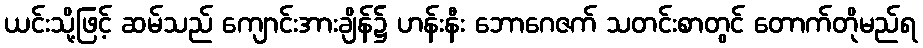
ယင်းသို့ဖြင့် ဆမ်သည် ကျောင်းအားချိန်၌ ဟန်းနီး ဘောဂေဇက် သတင်းစာတွင် တောက်တိုမည်ရ